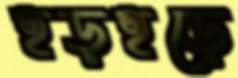
হড়হড়ে